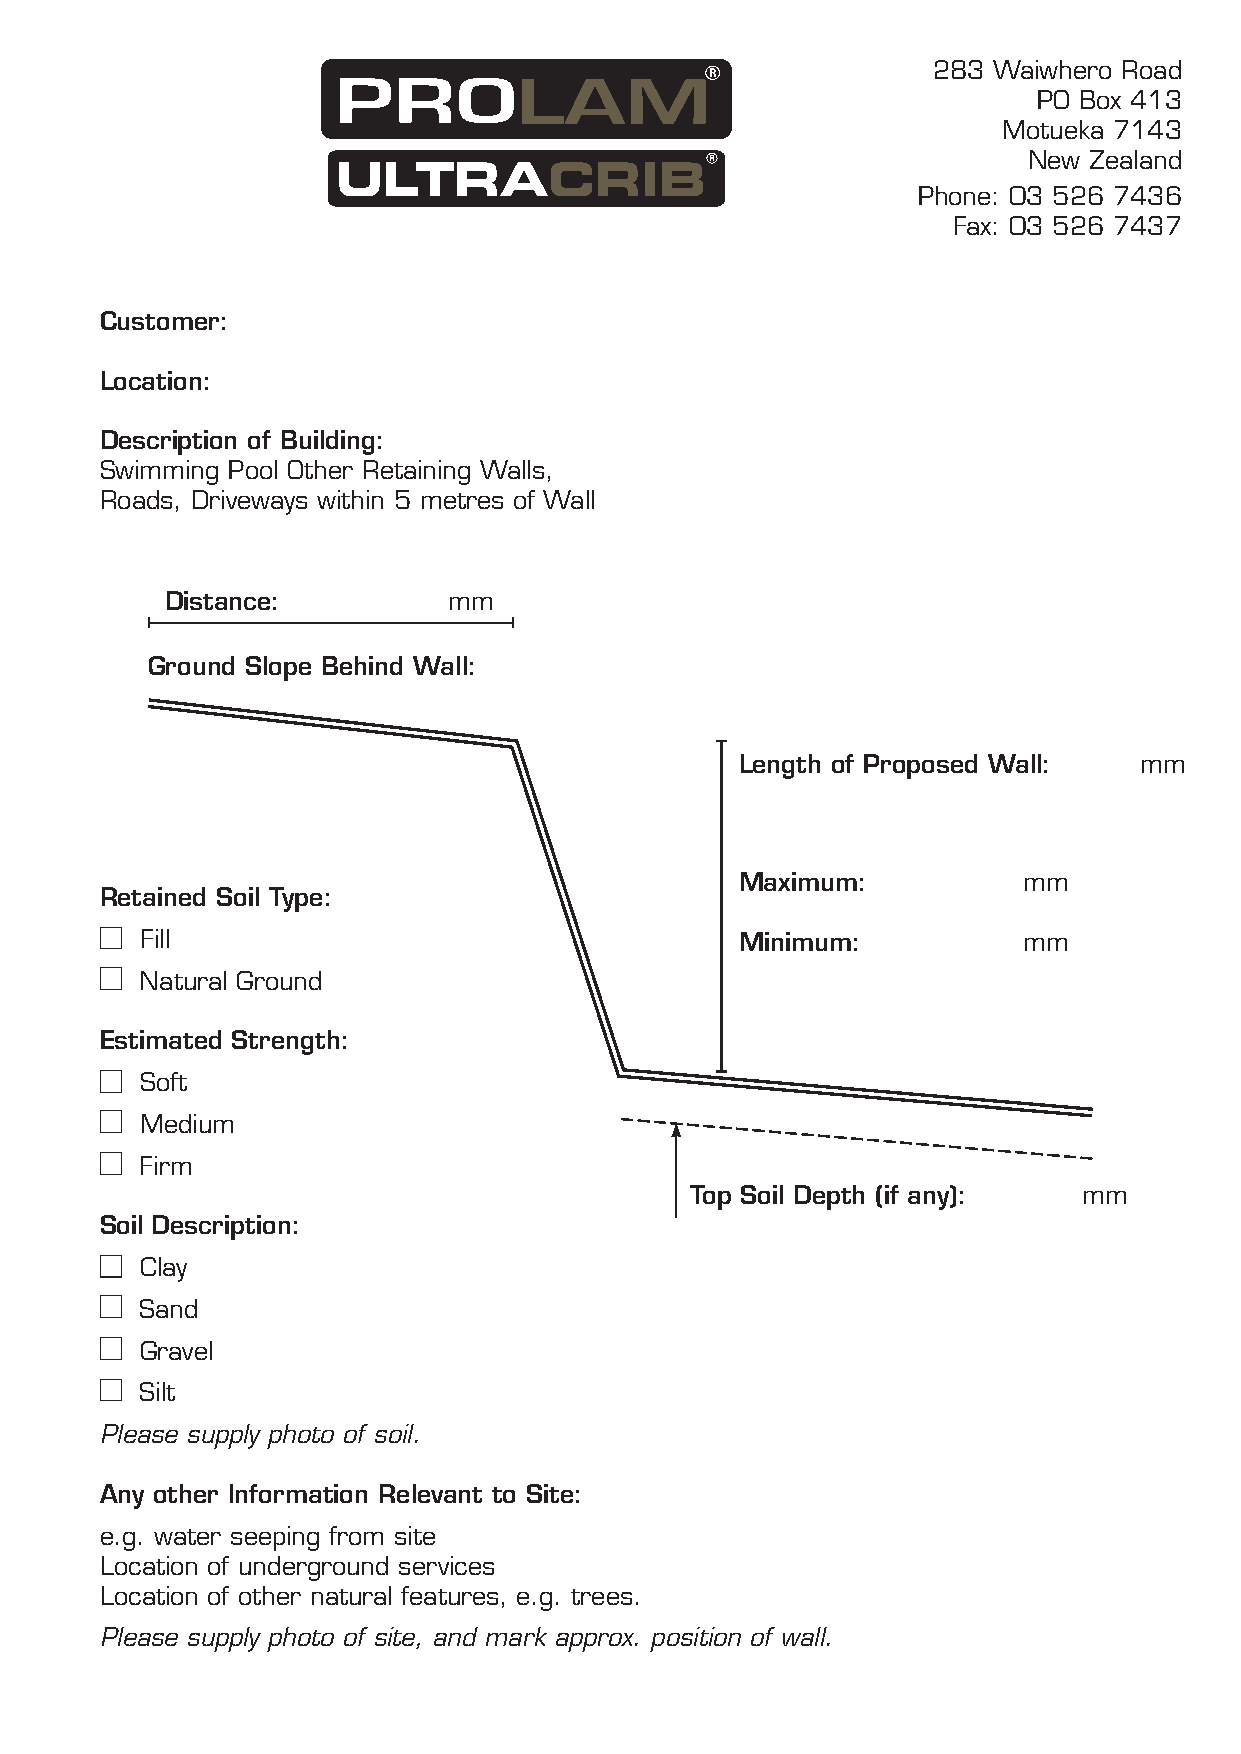
283 Waiwhero Road
 PO Box 413
 Motueka 7143
 New Zealand
 ULTRACRIB
 Phone: 03 526 7436
 Fax: 03 526 7437
 Customer:
 Location:
 Description of Building:
 Swimming Pool Other Retaining Walls,
 Roads, Driveways within 5 metres of Wall
 Distance:          mm
 Ground Slope Behind Wall:
 Length of Proposed Wall:  mm
 Maximum:           mm
 Retained Soil Type:
 Fill                                    Minimum:           mm
 Natural Ground
 Estimated Strength:
 Soft
 Medium
 Firm
 Top Soil Depth (if any):  mm
 Soil Description:
 Clay
 Sand
 Gravel
 Silt
 Please supply photo of soil.
 Any other Information Relevant to Site:
 e.g. water seeping from site
 Location of underground services
 Location of other natural features, e.g. trees.
 Please supply photo of site, and mark approx. position of wall.